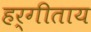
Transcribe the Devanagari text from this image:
हर्गीताय